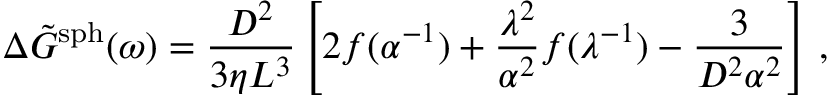
\Delta \Tilde { G } ^ { \mathrm { s p h } } ( \omega ) = \frac { D ^ { 2 } } { 3 \eta L ^ { 3 } } \left[ 2 f ( \alpha ^ { - 1 } ) + \frac { \lambda ^ { 2 } } { \alpha ^ { 2 } } f ( \lambda ^ { - 1 } ) - \frac { 3 } { D ^ { 2 } \alpha ^ { 2 } } \right] \, ,